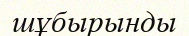
шұбырынды